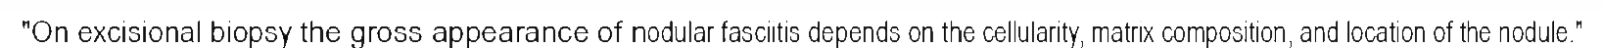
"On excisional biopsy the gross appearance of nodular fasciitis depends on the cellularity, matrix composition, and location of the nodule."